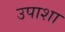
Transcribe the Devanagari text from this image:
उपाशा